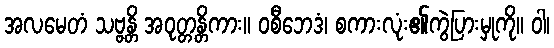
အလမေတံ သဗ္ဗန္တိ အဝုတ္တန္တိကား။ ဝစီဘေဒံ၊ စကားလုံး၏ကွဲပြားမှုကို။ ဝါ၊